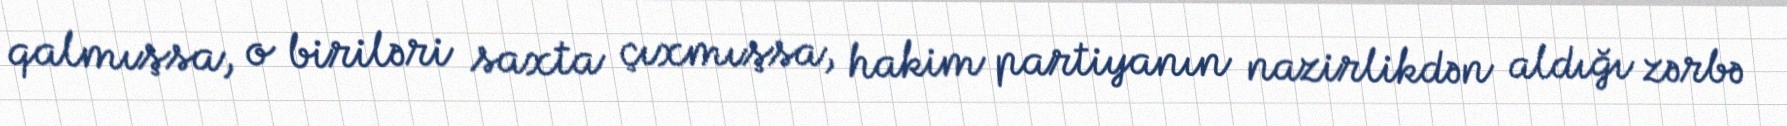
qalmışsa, o biriləri saxta çıxmışsa, hakim partiyanın nazirlikdən aldığı zərbə